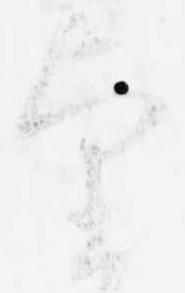
望